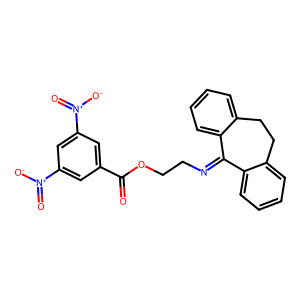
SMILES: O=C(OCCN=C1c2ccccc2CCc2ccccc21)c1cc([N+](=O)[O-])cc([N+](=O)[O-])c1
Inhibits HIV replication: No